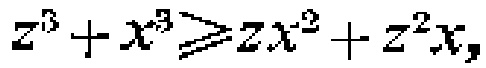
\(z^{3}+x^{3}\geqslant zx^{2}+z^{2}x\)